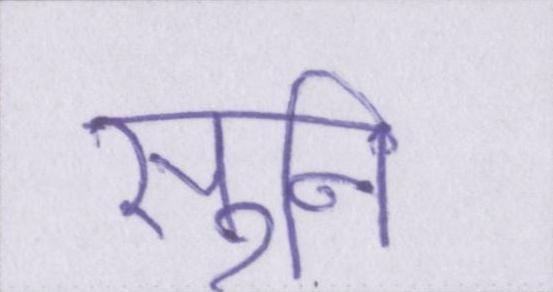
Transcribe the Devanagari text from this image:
सुनि